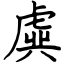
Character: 虡